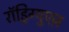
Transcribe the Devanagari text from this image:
रॉड्रिग्युएज़